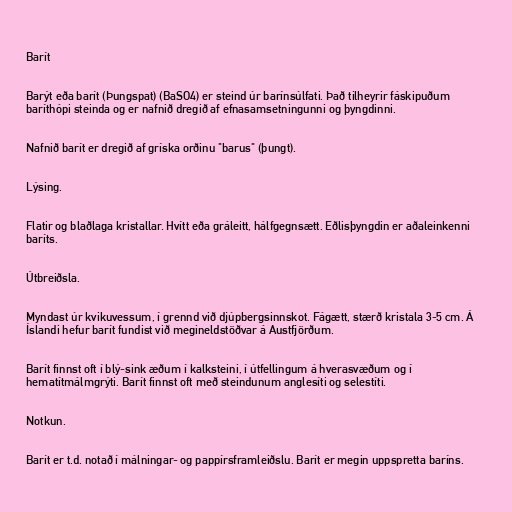
Barít

Barýt eða barít (Þungspat) (BaSO4) er steind úr barínsúlfati. Það tilheyrir fáskipuðum
baríthópi steinda og er nafnið dregið af efnasamsetningunni og þyngdinni.

Nafnið barít er dregið af gríska orðinu "barus" (þungt).

Lýsing.

Flatir og blaðlaga kristallar. Hvítt eða gráleitt, hálfgegnsætt. Eðlisþyngdin er aðaleinkenni
baríts.

Útbreiðsla.

Myndast úr kvikuvessum, í grennd við djúpbergsinnskot. Fágætt, stærð kristala 3-5 cm. Á
Íslandi hefur barít fundist við megineldstöðvar á Austfjörðum.

Barít finnst oft í blý-sink æðum í kalksteini, í útfellingum á hverasvæðum og í
hematítmálmgrýti. Barít finnst oft með steindunum anglesíti og selestíti.

Notkun.

Barít er t.d. notað í málningar- og pappírsframleiðslu. Barít er megin uppspretta baríns.